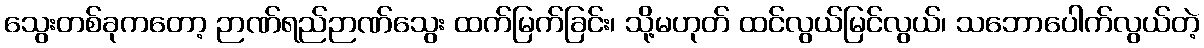
သွေးတစ်ခုကတော့ ဉာဏ်ရည်ဉာဏ်သွေး ထက်မြက်ခြင်း၊ သို့မဟုတ် ထင်လွယ်မြင်လွယ်၊ သဘောပေါက်လွယ်တဲ့